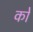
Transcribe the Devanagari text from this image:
कोे